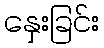
နှေးခြင်း